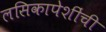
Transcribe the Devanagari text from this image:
लसिकापेशींची